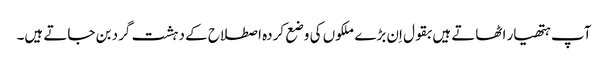
آپ ہتھیار اٹھاتے ہیں بقول اِن بڑے ملکوں کی وضع کردہ اصطلاح کے دہشت گرد بن جاتے ہیں۔